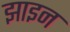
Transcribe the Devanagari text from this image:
झाइन